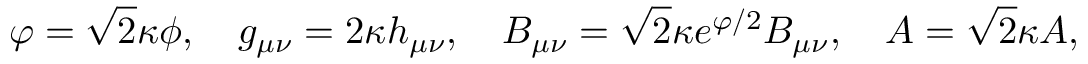
\varphi = \sqrt { 2 } \kappa \phi , \ \ \ g _ { \mu \nu } = 2 \kappa h _ { \mu \nu } , \ \ \ { \cal B } _ { \mu \nu } = \sqrt { 2 } \kappa e ^ { \varphi / 2 } B _ { \mu \nu } , \ \ \ { \cal A } = \sqrt { 2 } \kappa A ,